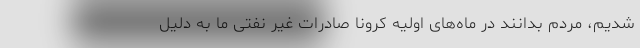
شدیم، مردم بدانند در ماه‌های اولیه کرونا صادرات غیر نفتی ما به دلیل